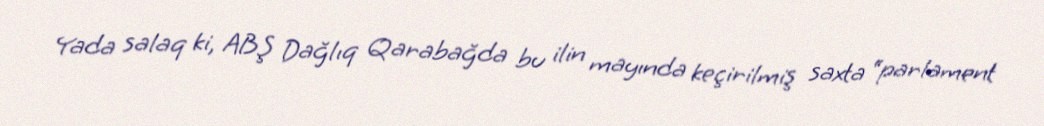
Yada salaq ki, ABŞ Dağlıq Qarabağda bu ilin mayında keçirilmiş saxta “parlament